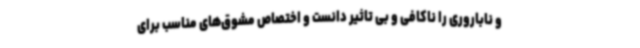
و ناباروری را ناکافی و بی تاثیر دانست و اختصاص مشوق‌های مناسب برای